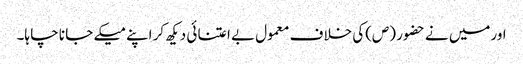
اورمیں نے حضو ر (ص)کی خلا ف معمول بے اعتنا ئی دیکھ کر اپنے میکے جا نا چا ہا۔